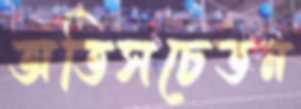
অতিসচেতন